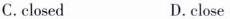
C.closed D.close